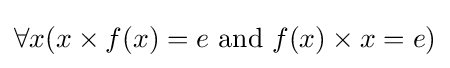
\forall x(x\times f(x)=e{\text{ and }}f(x)\times x=e)